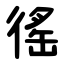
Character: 徭